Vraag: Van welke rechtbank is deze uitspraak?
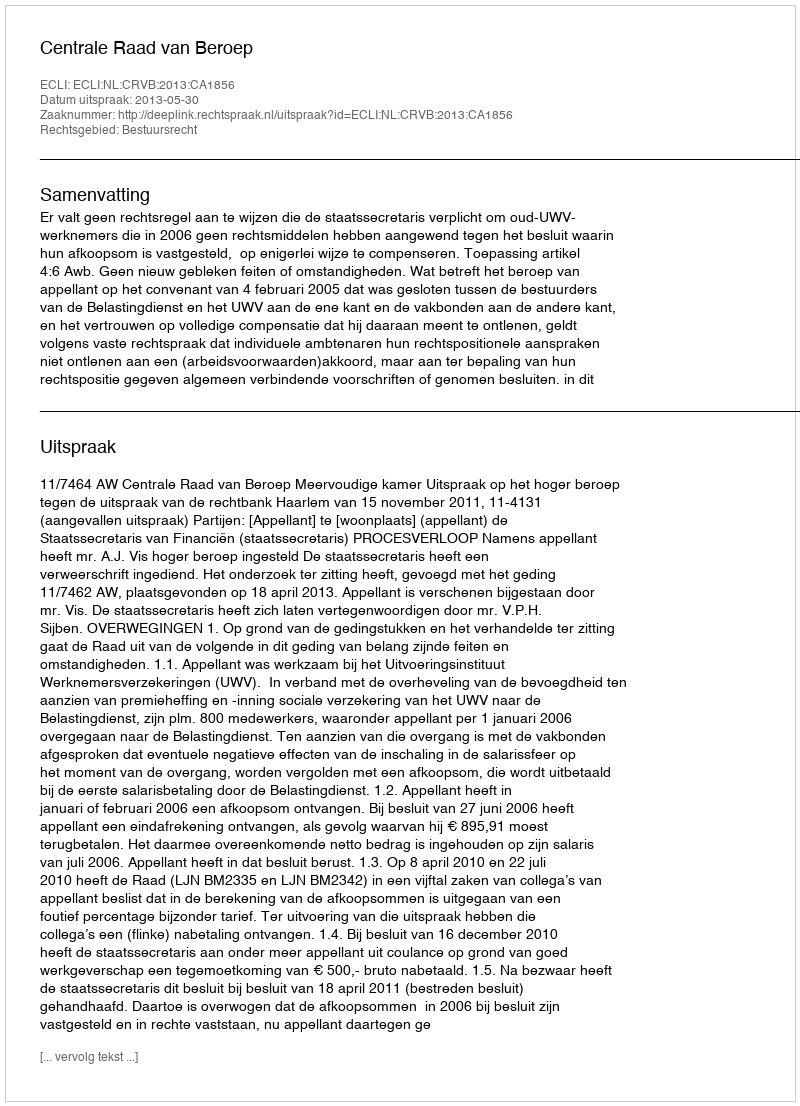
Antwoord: Centrale Raad van Beroep